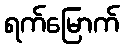
ရက်မြောက်